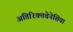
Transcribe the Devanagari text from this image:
अतिरिक्तवेनेशिया